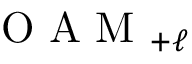
\mathrm { ~ O ~ A ~ M ~ } _ { + \ell }